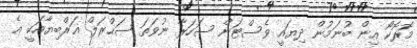
މޮރޮކޯ އިން ބުނަމުން ދިޔައީ ވެސްޓަން ސަހަރާ ނުވަތަ ޞަޙްރަލް ޣަރްބިޔާއަކީ އެ